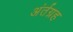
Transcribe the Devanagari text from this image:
अंर्तग्रह